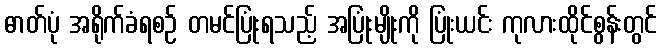
ဓာတ်ပုံ အရိုက်ခံရစဉ် တမင်ပြုံးရသည့် အပြုံးမျိုးကို ပြုံးယင်း ကုလားထိုင်စွန်းတွင်